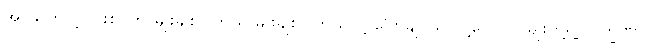
အဲဒါကြောင့် ပါးစပ်က မျိုးချစ်ပါတယ် မျိုးချစ်ပါတယ်လို့ ပြောချင်သ လို့ပြော လူမျိုးတို့ရဲ့ လက္ခဏာ